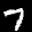
Label: 7